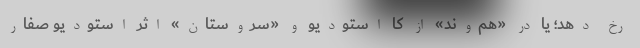
رخ دهد؛ یا در «هم‌وند» از کا استودیو و «سروستان» اثر استودیو صفار